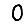
Digit: 0